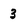
Character: 3